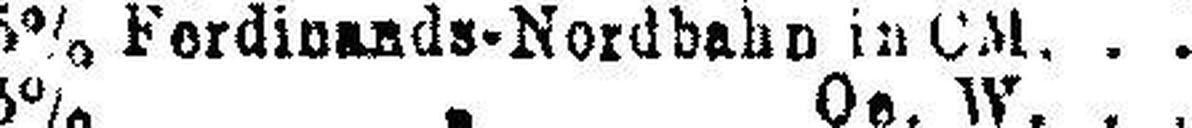
5% Fordinands-Nordbahn in CM.